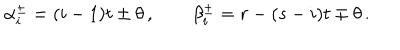
\alpha _ { i } ^ { \pm } = ( i - 1 ) t \pm \theta \, , \qquad \beta _ { i } ^ { \pm } = r - ( s - i ) t \mp \theta \, .